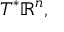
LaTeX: T ^ { * } \mathbb { R } ^ { n } ,